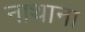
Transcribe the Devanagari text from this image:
नाथाना